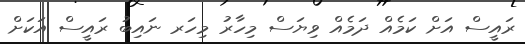
ރައީސް އަށް ކަމެއް ދަމެއް ވިޔަސް މިހާރު މިހަރ ނައިބު ރައީސް އަަކަށް